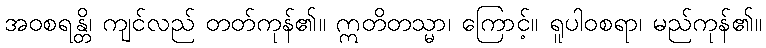
အဝစရန္တိ၊ ကျင်လည် တတ်ကုန်၏။ ဣတိတသ္မာ၊ ကြောင့်။ ရူပါဝစရာ၊ မည်ကုန်၏။